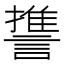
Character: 𮘱